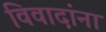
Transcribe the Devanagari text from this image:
विवादांना